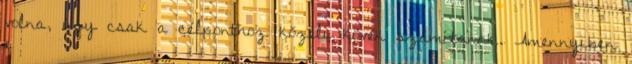
volna, úgy csak a célponthoz közeli kövek számítanak. Amennyiben